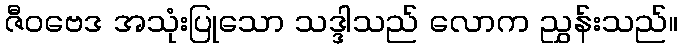
ဇီဝဗေဒ အသုံးပြုသော သဒ္ဒါသည် လောက ညွှန်းသည်။